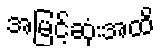
အမြင့်ဆုံးအထိ